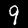
Digit: 9